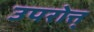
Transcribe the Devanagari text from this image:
उपरोत्त्